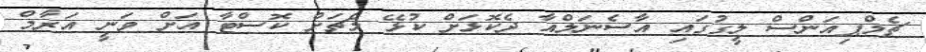
ޗެމްޕިއަންސް ލީގުގައި އާސެނަލްއާ ދެކޮޅަށް ކުޅޭ މެޗަށް ކޮސްޓާ އަށް ވަނީ އަރާމް